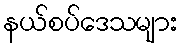
နယ်စပ်ဒေသများ